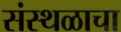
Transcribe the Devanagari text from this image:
संस्थळाचा